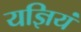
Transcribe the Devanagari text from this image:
यज्ञियं